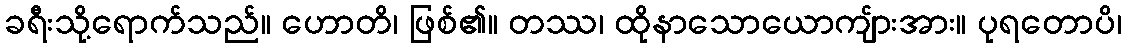
ခရီးသို့ရောက်သည်။ ဟောတိ၊ ဖြစ်၏။ တဿ၊ ထိုနာသောယောကျ်ားအား။ ပုရတောပိ၊